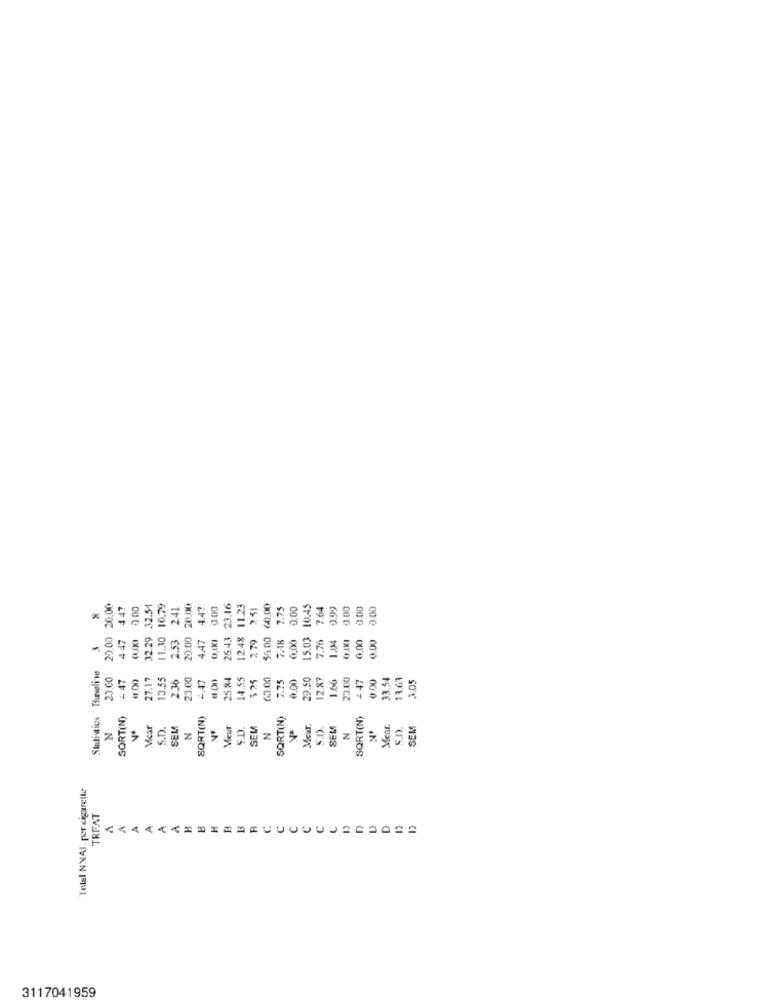
25.00 20.00
4.47
2.00
32.54
10.79
2.41
30.00
4.47
0.00
23.16
12.48 11.23
2.51
60.00
7.75
0.00
10.45
7.64
9.99
0.00
5.00
0.00
8
447
11.30
2.53
20.00
O,AKI
25.43
2. 79
55.00
FAR
0,00
15.03
7.70
0.00
0.00
1.04
Statistics Tueveline
23.00
+ 47
4.00
27.17
3.55
2.36
23.00
1.00
25.84
14.55
$ 25
63.00
0.00
29.50
12.87
1.66
23.00
0.00
33.54
13.63
1.05
7.75
4.47
SORT(N)
SQRT(N)
SORT(N)
SQRT(N)
N
Mcar
S.D.
SEM
N
Meur
S.D.
SEM
N
SEM
Mear.
SEK
N
Tolal NNAI. per cigarelle
TREAT
3117041959